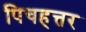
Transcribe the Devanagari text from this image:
पिचहत्तर